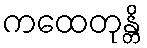
ကထေတုန္တိ